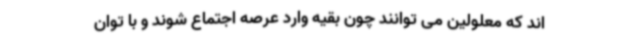
اند که معلولین می توانند چون بقیه وارد عرصه اجتماع شوند و با توان